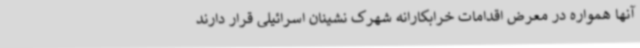
آنها همواره در معرض اقدامات خرابکارانه شهرک نشینان اسرائیلی قرار دارند